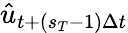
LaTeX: \hat{u}_{t+(s_{T}-1)\Delta t}